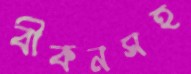
বীকনসহ